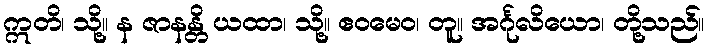
ဣတိ၊ သို့။ န ဇာနန္တိ ယထာ၊ သို့။ ဧဝမေဝ၊ တူ။ အင်္ဂုလိယော၊ တို့သည်။